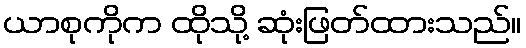
ယာစုကိုက ထိုသို့ ဆုံးဖြတ်ထားသည်။